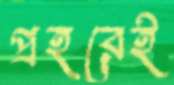
প্রহরেই